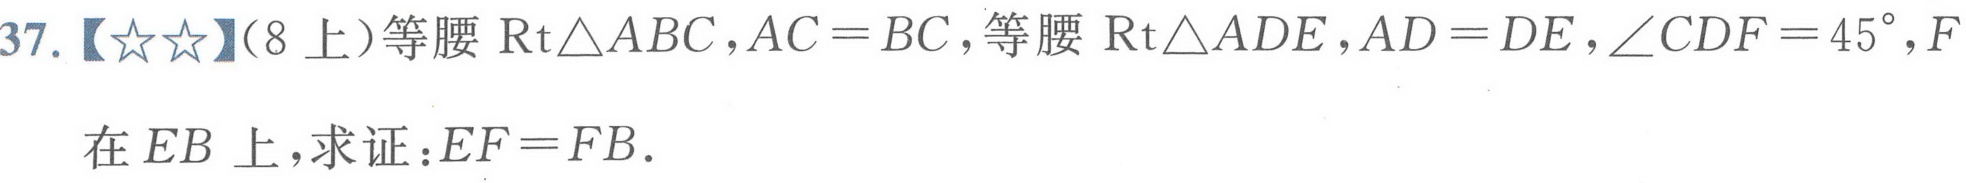
37.【★★】(8上)等腰\(\text{Rt}\triangle ABC\)，\(AC = BC\)，等腰\(\text{Rt}\triangle ADE\)，\(AD = DE\)，\(\angle CDF = 45^{\circ}\)，\(F\)在\(EB\)上，求证：\(EF = FB\).